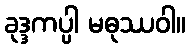
ခုဒ္ဒကပ္ပါ မဓုဿဝါ။